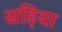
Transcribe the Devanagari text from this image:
सड़िया